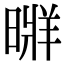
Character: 𣉚